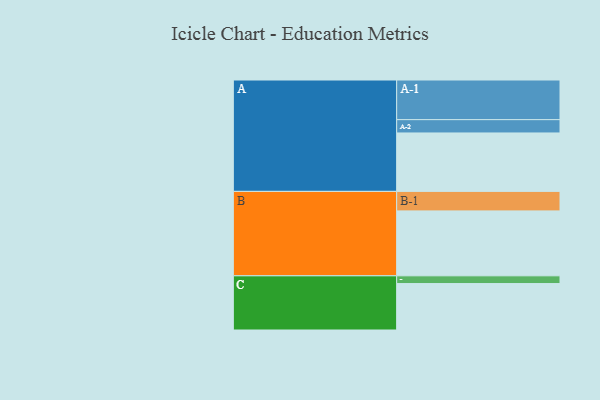
{"axis": {"x": "Segment", "y": "Value"}, "legend": ["", "A", "B", "C"], "data": [{"x": "A", "y": 386, "type": ""}, {"x": "B", "y": 429, "type": ""}, {"x": "C", "y": 307, "type": ""}, {"x": "A-1", "y": 262, "type": "A"}, {"x": "A-2", "y": 88, "type": "A"}, {"x": "B-1", "y": 129, "type": "B"}, {"x": "C-1", "y": 51, "type": "C"}]}